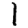
Digit: 1